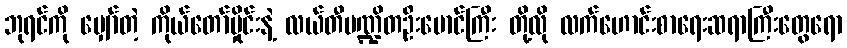
ဘုရင်ကို မျှော်တဲ့ ကိုယ်တော်မှိုင်းနဲ့ လယ်တီပဏ္ဍိတဦးမောင်ကြီး တို့လို လက်ဟောင်းစာရေးဆရာကြီးတွေရော